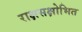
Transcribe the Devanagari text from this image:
राक्षसक्षोभित